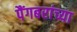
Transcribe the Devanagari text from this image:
पैंगबरांच्या